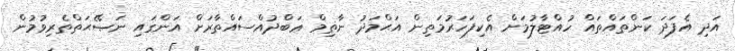
އަދި އެފަދަ ކަންތައްތައް ހުއްޓާލުމަށް އެކިފަހަރުމަތިން އަޙްމަދު ނާޡިމް ޢަބްދުއްސައްތާރަށް އަންގައި ނަޞޭޙަތްތެރިވުމުން